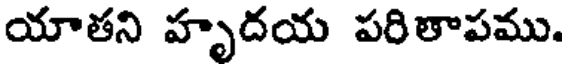
యాతని హృదయ పరితాపము.